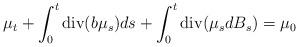
LaTeX: \begin{align*} \mu_t + \int_0^t \textrm{div}(b \mu_s) ds + \int_0^t \textrm{div}( \mu_s dB_s) = \mu_0\end{align*}